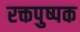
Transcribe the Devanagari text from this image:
रक्तपुष्पक